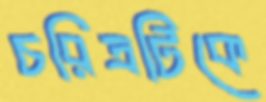
চরিত্রটিকে